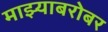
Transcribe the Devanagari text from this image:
माझ्याबरोबर